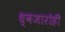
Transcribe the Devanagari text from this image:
ध्वजारोही